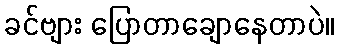
ခင်ဗျား ပြောတာချောနေတာပဲ။